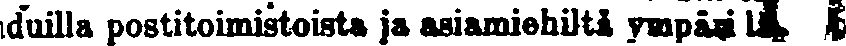
duilla postitoimistosta ja asiamiehiltä ympäri lä#